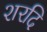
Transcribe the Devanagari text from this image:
शरदि